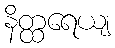
နိတ္ထရေယျ